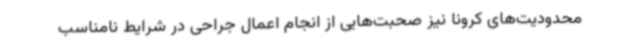
محدودیت‌های کرونا نیز صحبت‌هایی از انجام اعمال جراحی در شرایط نامناسب